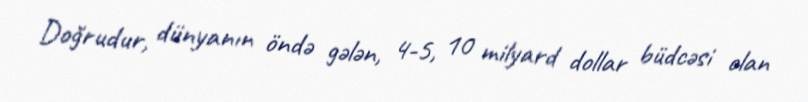
Doğrudur, dünyanın öndə gələn, 4-5, 10 milyard dollar büdcəsi olan